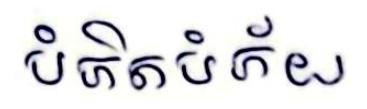
បំភិតបំភ័យ